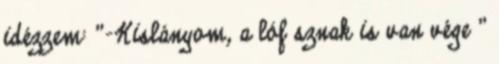
idézzem: "-Kislányom, a lóf sznak is van vége "